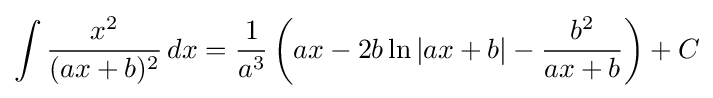
\int {\frac {x^{2}}{(ax+b)^{2}}}\,dx={\frac {1}{a^{3}}}\left(ax-2b\ln \left|ax+b\right|-{\frac {b^{2}}{ax+b}}\right)+C